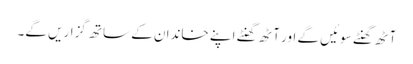
آٹھ گھنٹے سوئیں گے اور آٹھ گھنٹے اپنے خاندان کے ساتھ گزاریں گے۔